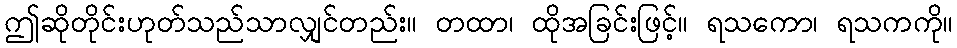
ဤဆိုတိုင်းဟုတ်သည်သာလျှင်တည်း။ တထာ၊ ထိုအခြင်းဖြင့်။ ရသကော၊ ရသကကို။